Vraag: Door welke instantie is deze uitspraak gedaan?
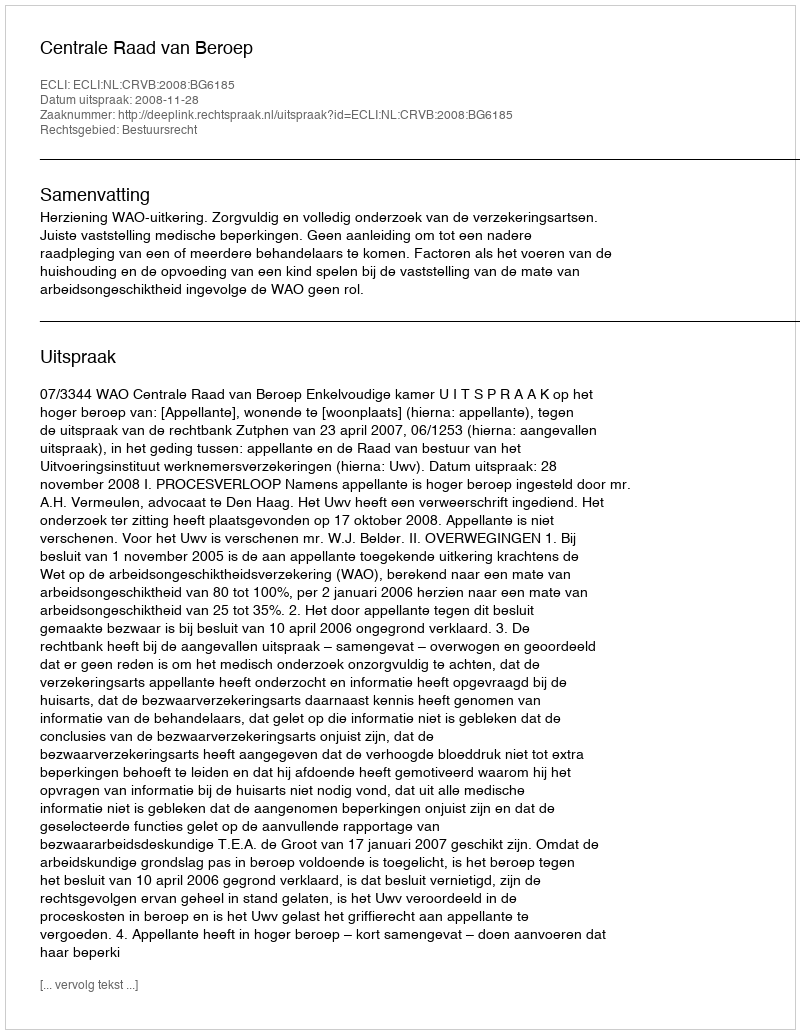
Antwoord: Centrale Raad van Beroep